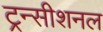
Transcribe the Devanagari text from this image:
ट्रन्सीशनल